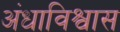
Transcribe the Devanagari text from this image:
अंधाविश्वास